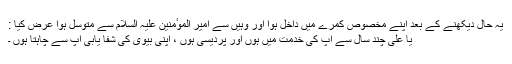
یہ حال دیکھنے کے بعد اپنے مخصوص کمرے میں داخل ہوا اور وہیں سے امیر الموٴمنین علیہ السلام سے متوسل ہوا عرض کیا :
یا علی چند سال سے آپ کی خدمت میں ہوں اور پردیسی ہوں ، اپنی بیوی کی شفا یابی آپ سے چاہتا ہوں ۔